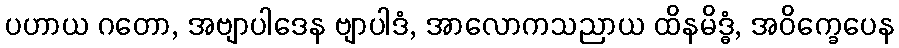
ပဟာယ ဂတော, အဗျာပါဒေန ဗျာပါဒံ, အာလောကသညာယ ထိနမိဒ္ဓံ, အဝိက္ခေပေန